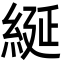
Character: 綖